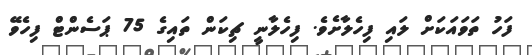
ފަހު ތަވައަކަށް ލައި ފިހެލާށެވެ. ފިހެލާނީ ޗިކަން ތައިގެ 75 ޕަސެންޓް ފިހެވޭ